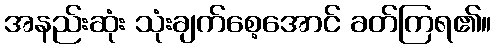
အနည်းဆုံး သုံးချက်စေ့အောင် ခတ်ကြရ၏။